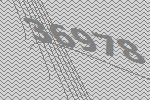
36978